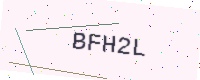
Text: BFH2L